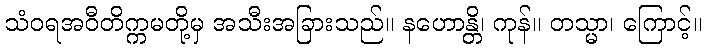
သံဝရအဝီတိက္ကမတို့မှ အသီးအခြားသည်။ နဟောန္တိ၊ ကုန်။ တသ္မာ၊ ကြောင့်။